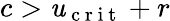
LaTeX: c>\mathit{u}_{\mathrm{{~c~r~i~t~}}}+r